Indian journal of veterinary science and animal husbandry - Volumes 15-17, 1948-1951
Year: 1948
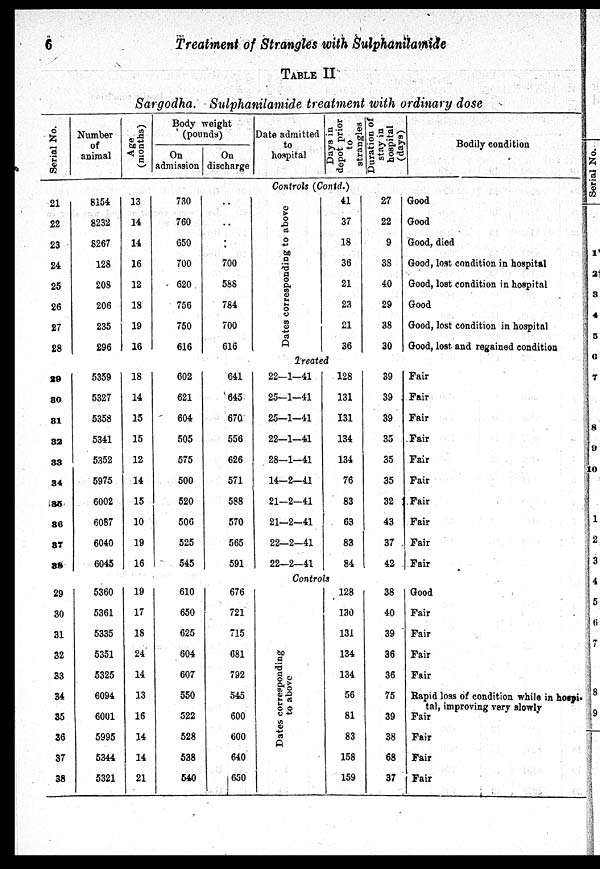
6
Treatment of Strangles with Sulphanilamide
TABLE II
Sargodha. Sulphanilamide treatment with ordinary dose
Serial No.
Number
of
animal
Age
(months)
Body weight
(pounds)
On
admission
On
discharge
Date admitted
to
hospital
Days in
depot prior
to
strangles
Duration of
stay in
hospital
(days)
Bodily condition
Controls (Contd.)
21
22
23
24
25
26
27
28
8154
8232
8267
128
208
206
235
296
13
14
14
16
12
18
19
16
730
760
650
700
620
756
750
616
..
..
..
700
588
784
700
616
Dates corresponding to above
41
37
18
36
21
23
21
36
27
22
9
38
40
29
38
30
Good
Good
Good, died
Good, lost condition in hospital
Good, lost condition in hospital
Good
Good, lost condition in hospital
Good, lost and regained condition
Treated
29
30
31
32
33
34
35
36
37
38
5359
5327
5358
5341
5352
5975
6002
6087
6040
6045
18
14
15
15
12
14
15
10
19
16
602
621
604
505
575
500
520
506
525
545
641
645
670
556
626
571
588
570
565
591
22—1—41
25—1—41
25—1—41
22—1—41
28—1—41
14—2—41
21—2—41
21—2—41
22—2—41
22—2—41
128
131
131
134
134
76
83
63
83
84
39
39
39
35
35
35
32
43
37
42
Fair
Fair
Fair
Fair
Fair
Fair
Fair
Fair
Fair
Fair
Controls
29
30
31
32
33
34
35
36
37
38
5360
5361
5335
5351
5325
6094
6001
5995
5344
5321
19
17
18
24
14
13
16
14
14
21
610
650
625
604
607
550
522
528
538
540
676
721
715
681
792
545
600
600
640
650
Dat es corresponding
to above
128
130
131
134
134
56
81
83
158
159
38
40
39
36
36
75
39
38
68
37
Good
Fair
Fair
Fair
Fair
Rapid loss of condition while in hospi-
tal, improving very slowly
Fair
Fair
Fair
Fair